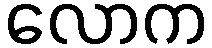
လောက